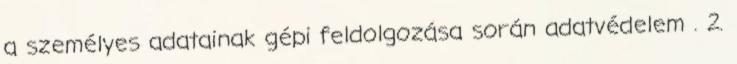
a személyes adatainak gépi feldolgozása során adatvédelem . 2.